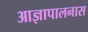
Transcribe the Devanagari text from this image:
आज्ञापालनास